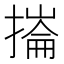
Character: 𢳳